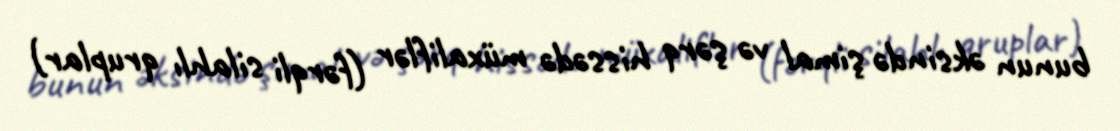
bunun əksində şimal və şərq hissədə müxaliflər (fərqli silahlı qruplar)